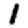
Digit: 1